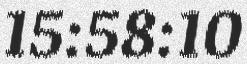
15:58:10